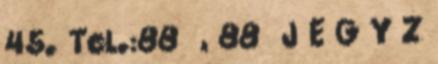
45. Tel.:88 , 88 J E G Y Z